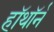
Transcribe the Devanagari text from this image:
हॉथॉर्न